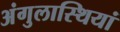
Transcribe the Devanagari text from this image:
अंगुलास्थियां